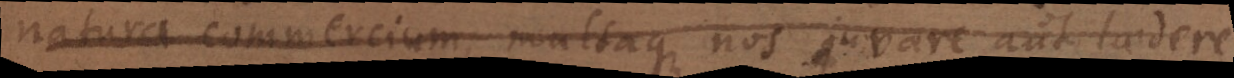
natura, multaque nos juvare et laedere